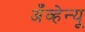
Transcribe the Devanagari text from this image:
अँव्हेन्यू